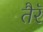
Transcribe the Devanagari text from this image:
तैरॅ